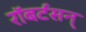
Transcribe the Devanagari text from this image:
रॉबर्टसन्